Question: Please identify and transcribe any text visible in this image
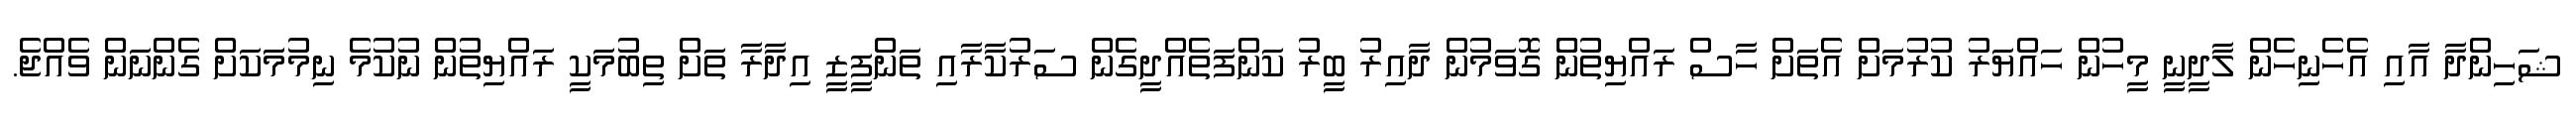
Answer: ޝަހިންދާ އާއި އެހެނިހެން ލާދީނީ މީހުން ހައްޔަރު ކުރުމަށް އެތަށް ހާސް ރައްޔިތުނެް ގޮވަމުން ދާއިރު ބީރު ކަންފަތެއްދީގެން ސަރުކާރާއި ތަންފީޒީ އިދާރާ ތަށް ތިބުމަކީ ރައްޔިތުން ނުކުމެ ނިމުމަަކަށް ގެންނަން ވެއްޖެ.